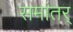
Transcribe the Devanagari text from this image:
समांतर्